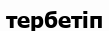
тербетіп